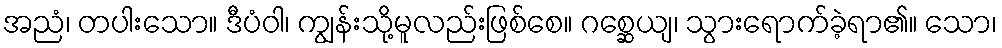
အညံ၊ တပါးသော။ ဒီပံဝါ၊ ကျွန်းသို့မူလည်းဖြစ်စေ။ ဂစ္ဆေယျ၊ သွားရောက်ခဲ့ရာ၏။ သော၊